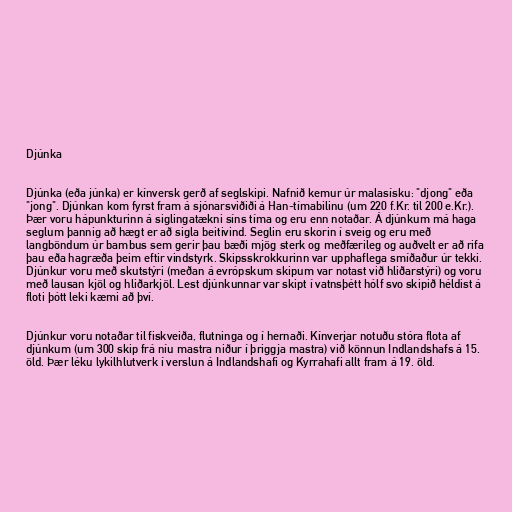
Djúnka

Djúnka (eða júnka) er kínversk gerð af seglskipi. Nafnið kemur úr malasísku: "djong" eða
"jong". Djúnkan kom fyrst fram á sjónarsviðiði á Han-tímabilinu (um 220 f.Kr. til 200 e.Kr.).
Þær voru hápunkturinn á siglingatækni síns tíma og eru enn notaðar. Á djúnkum má haga
seglum þannig að hægt er að sigla beitivind. Seglin eru skorin í sveig og eru með
langböndum úr bambus sem gerir þau bæði mjög sterk og meðfærileg og auðvelt er að rifa
þau eða hagræða þeim eftir vindstyrk. Skipsskrokkurinn var upphaflega smíðaður úr tekki.
Djúnkur voru með skutstýri (meðan á evrópskum skipum var notast við hliðarstýri) og voru
með lausan kjöl og hliðarkjöl. Lest djúnkunnar var skipt í vatnsþétt hólf svo skipið héldist á
floti þótt leki kæmi að því.

Djúnkur voru notaðar til fiskveiða, flutninga og í hernaði. Kínverjar notuðu stóra flota af
djúnkum (um 300 skip frá níu mastra niður í þriggja mastra) við könnun Indlandshafs á 15.
öld. Þær léku lykilhlutverk í verslun á Indlandshafi og Kyrrahafi allt fram á 19. öld.